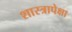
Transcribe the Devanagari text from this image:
शास्त्रापेक्षा